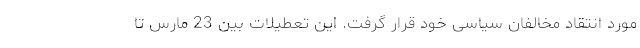
مورد انتقاد مخالفان سیاسی خود قرار گرفت. این تعطیلات بین 23 مارس تا